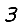
Digit: 3